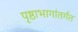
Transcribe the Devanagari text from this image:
पृष्ठाभागांतर्गत